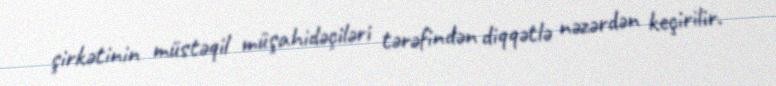
şirkətinin müstəqil müşahidəçiləri tərəfindən diqqətlə nəzərdən keçirilir.